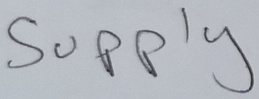
Text: Supply